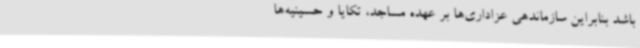
باشد بنابراین سازماندهی عزاداری‌ها بر عهده مساجد، تکایا و حسینیه‌ها